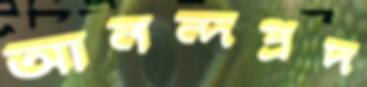
আনন্দপ্রদ